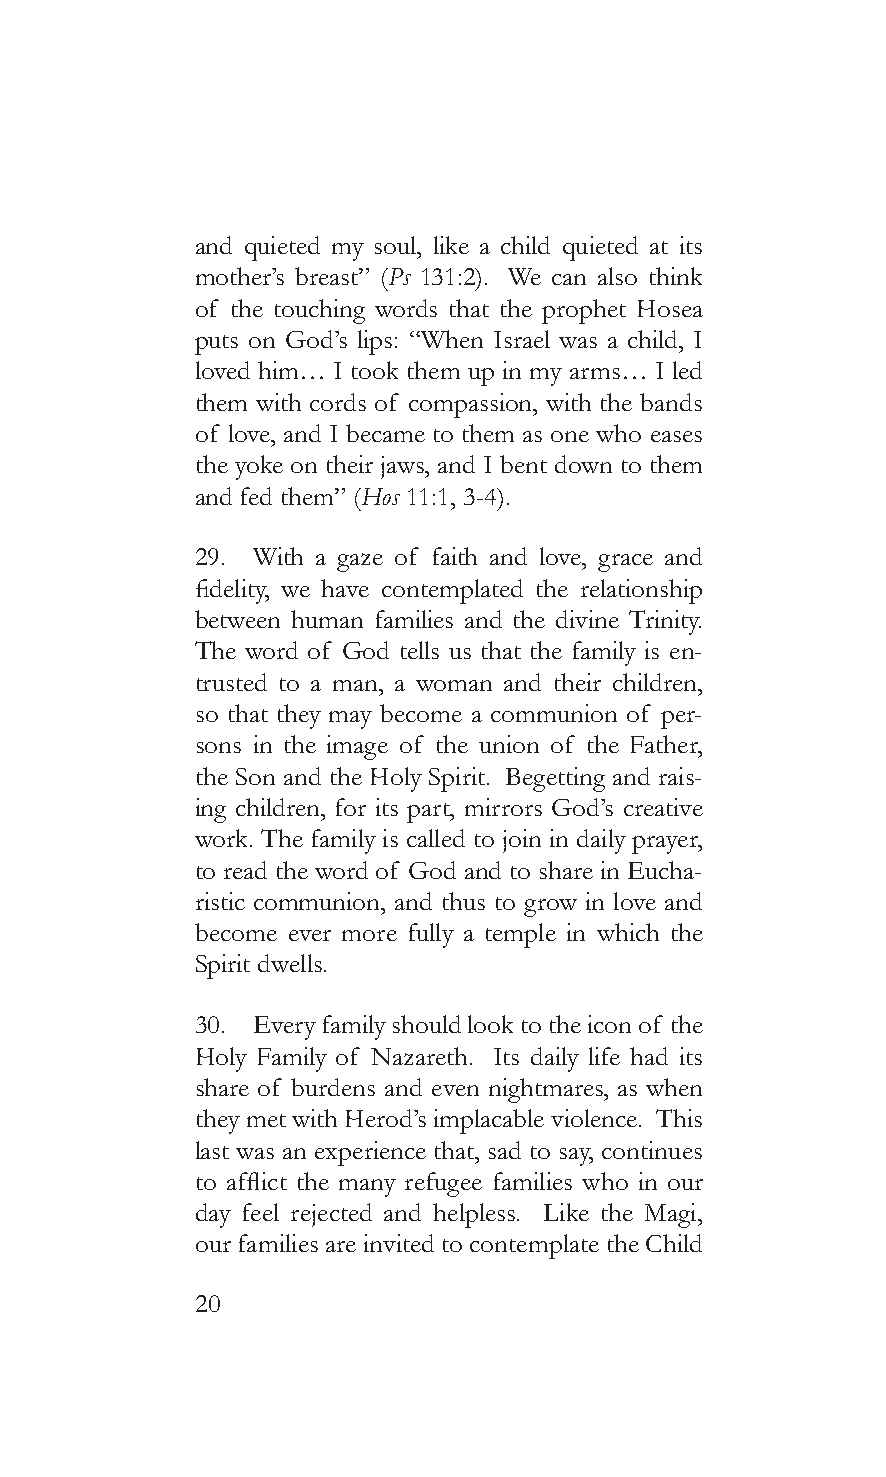
and quieted my soul, like a child quieted at its
 mother’s breast” (Ps 131:2). We can also think
 of the touching words that the prophet Hosea
 puts on God’s lips: “When Israel was a child, I
 loved him… I took them up in my arms… I led
 them with cords of compassion, with the bands
 of love, and I became to them as one who eases
 the yoke on their jaws, and I bent down to them
 and fed them” (Hos 11:1, 3-4).
 29. With a gaze of faith and love, grace and
 fidelity, we have contemplated the relationship
 between human families and the divine Trinity.
 The word of God tells us that the family is en-
 trusted to a man, a woman and their children,
 so that they may become a communion of per-
 sons in the image of the union of the Father,
 the Son and the Holy Spirit. Begetting and rais-
 ing children, for its part, mirrors God’s creative
 work. The family is called to join in daily prayer,
 to read the word of God and to share in Eucha-
 ristic communion, and thus to grow in love and
 become ever more fully a temple in which the
 Spirit dwells.
 30. Every family should look to the icon of the
 Holy Family of Nazareth. Its daily life had its
 share of burdens and even nightmares, as when
 they met with Herod’s implacable violence. This
 last was an experience that, sad to say, continues
 to afflict the many refugee families who in our
 day feel rejected and helpless. Like the Magi,
 our families are invited to contemplate the Child
 20